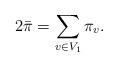
LaTeX: \begin{align*} 2\bar\pi=\sum_{v\in V_1}\pi_v.\end{align*}